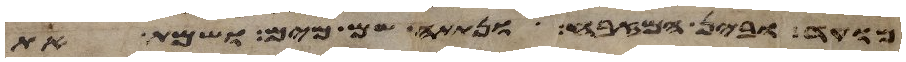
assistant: מועד ובין המזבח ונתתה שם מים ושמת את